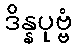
ဒိန္နပုဗ္ဗံ